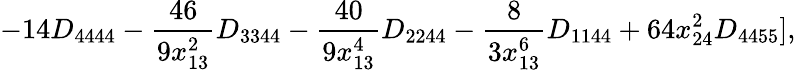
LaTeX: -14D_{4444}-\frac{46}{9x_{13}^{2}}D_{3344}-\frac{40}{9x_{13}^{4}}D_{2244}-\frac{8}{3x_{13}^{6}}D_{1144}+64x_{24}^{2}D_{4455}],